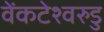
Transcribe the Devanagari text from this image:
वेंकटेश्वरुडु